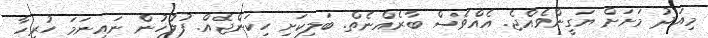
މިއަދު މަށަށް ޔަގީންވެއްޖެ. އެއްވެސް ބާރެއްނެތް. ބަލިކަށި ހިކަންޖެއް. ފުލުހުން ނައިނަމަ ހުރިހާ